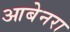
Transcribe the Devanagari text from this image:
आबेनरा